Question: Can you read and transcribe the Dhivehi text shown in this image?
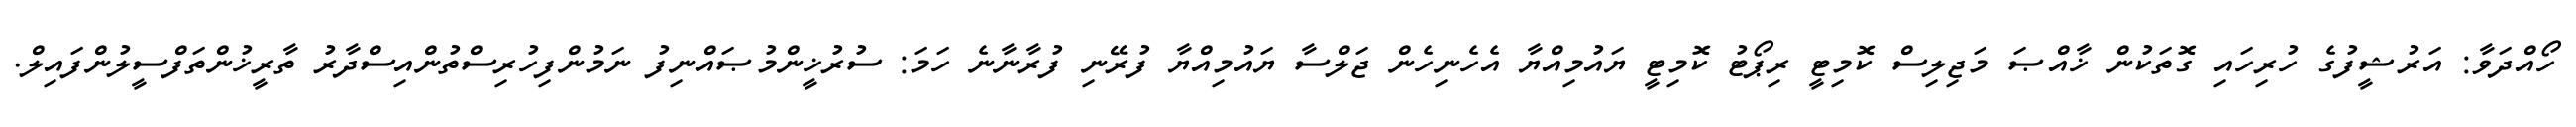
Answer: ހޯއްދަވާ: އަރުޝީފުގެ ހުރިހައި ގޮތަކުން ޚާއްޞަ މަޖިލިސް ކޮމިޓީ ރިޕޯޓު ކޮމިޓީ ޔައުމިއްޔާ އެހެނިހެން ޖަލްސާ ޔައުމިއްޔާ ފުރޭނި ފުރާނާނެ ހަމަ: ސުރުޚީންމުޞައްނިފު ނަމުންފިހުރިސްތުންއިސްދާރު ތާރީޚުންތަފްސީލުންފައިލް.